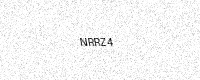
Text: NRRZ4